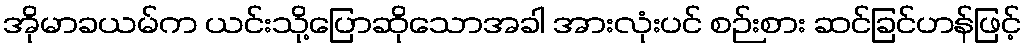
အိုမာခယမ်က ယင်းသို့ပြောဆိုသောအခါ အားလုံးပင် စဉ်းစား ဆင်ခြင်ဟန်ဖြင့်